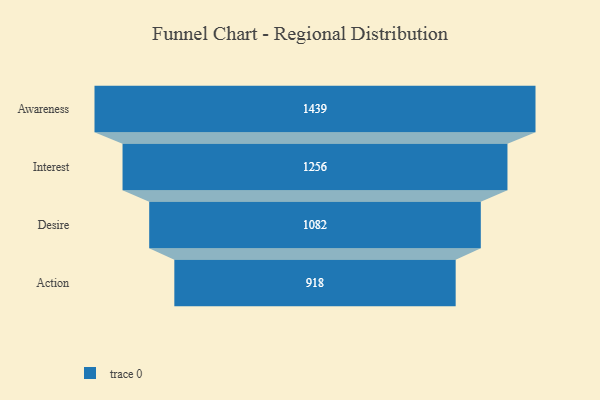
{"axis": {"x": "Stage", "y": "Value"}, "legend": [""], "data": [{"x": "Awareness", "y": 1439.0, "type": ""}, {"x": "Interest", "y": 1256.0, "type": ""}, {"x": "Desire", "y": 1082.0, "type": ""}, {"x": "Action", "y": 918.0, "type": ""}]}